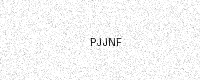
Text: PJJNF